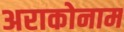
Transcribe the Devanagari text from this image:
अराकोनाम